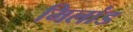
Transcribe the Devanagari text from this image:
मिलांड